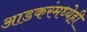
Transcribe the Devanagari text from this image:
आडकरंमध्येही